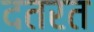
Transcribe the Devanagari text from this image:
दतरत